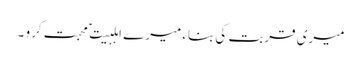
میری قربت کی بناء میرے اہلبیت ؑ محبت کرو ۔